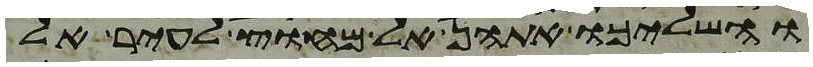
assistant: והשליכו אתהן אל מחוץ לעיר אל